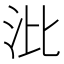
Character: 沘